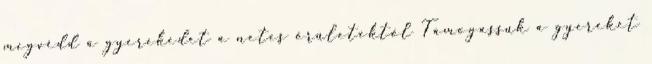
megvédd a gyerekedet a netes őrületektől Támogassuk a gyereket